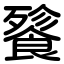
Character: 餮